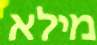
מילא